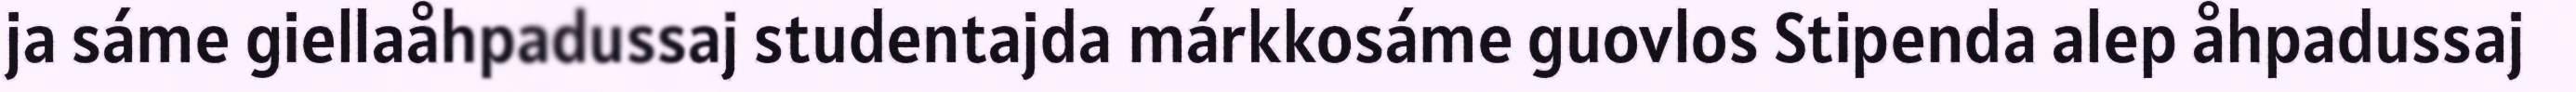
ja sáme giellaåhpadussaj studentajda márkkosáme guovlos Stipenda alep åhpadussaj